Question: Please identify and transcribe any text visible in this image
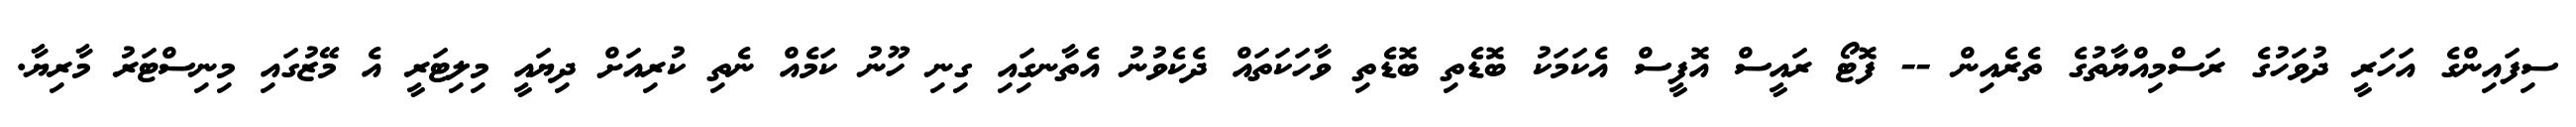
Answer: ސިފައިންގެ އަހަރީ ދުވަހުގެ ރަސްމިއްޔާތުގެ ތެރެއިން -- ފޮޓޯ ރައީސް އޮފީސް އެކަމަކު ބޮޑެތި ބޮޑެތި ވާހަކަތައް ދެކެވުނު އެތާނގަިއި ގިނި ހޫނު ކަމެއް ނެތި ކުރިއަށް ދިޔައީ މިލިޓަރީ އެ މޭޒުގައި މިނިސްޓަރު މާރިޔާ.